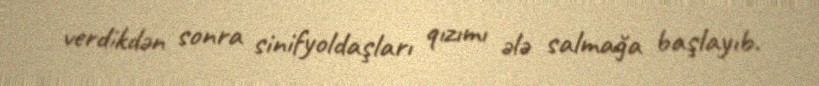
verdikdən sonra sinifyoldaşları qızımı ələ salmağa başlayıb.